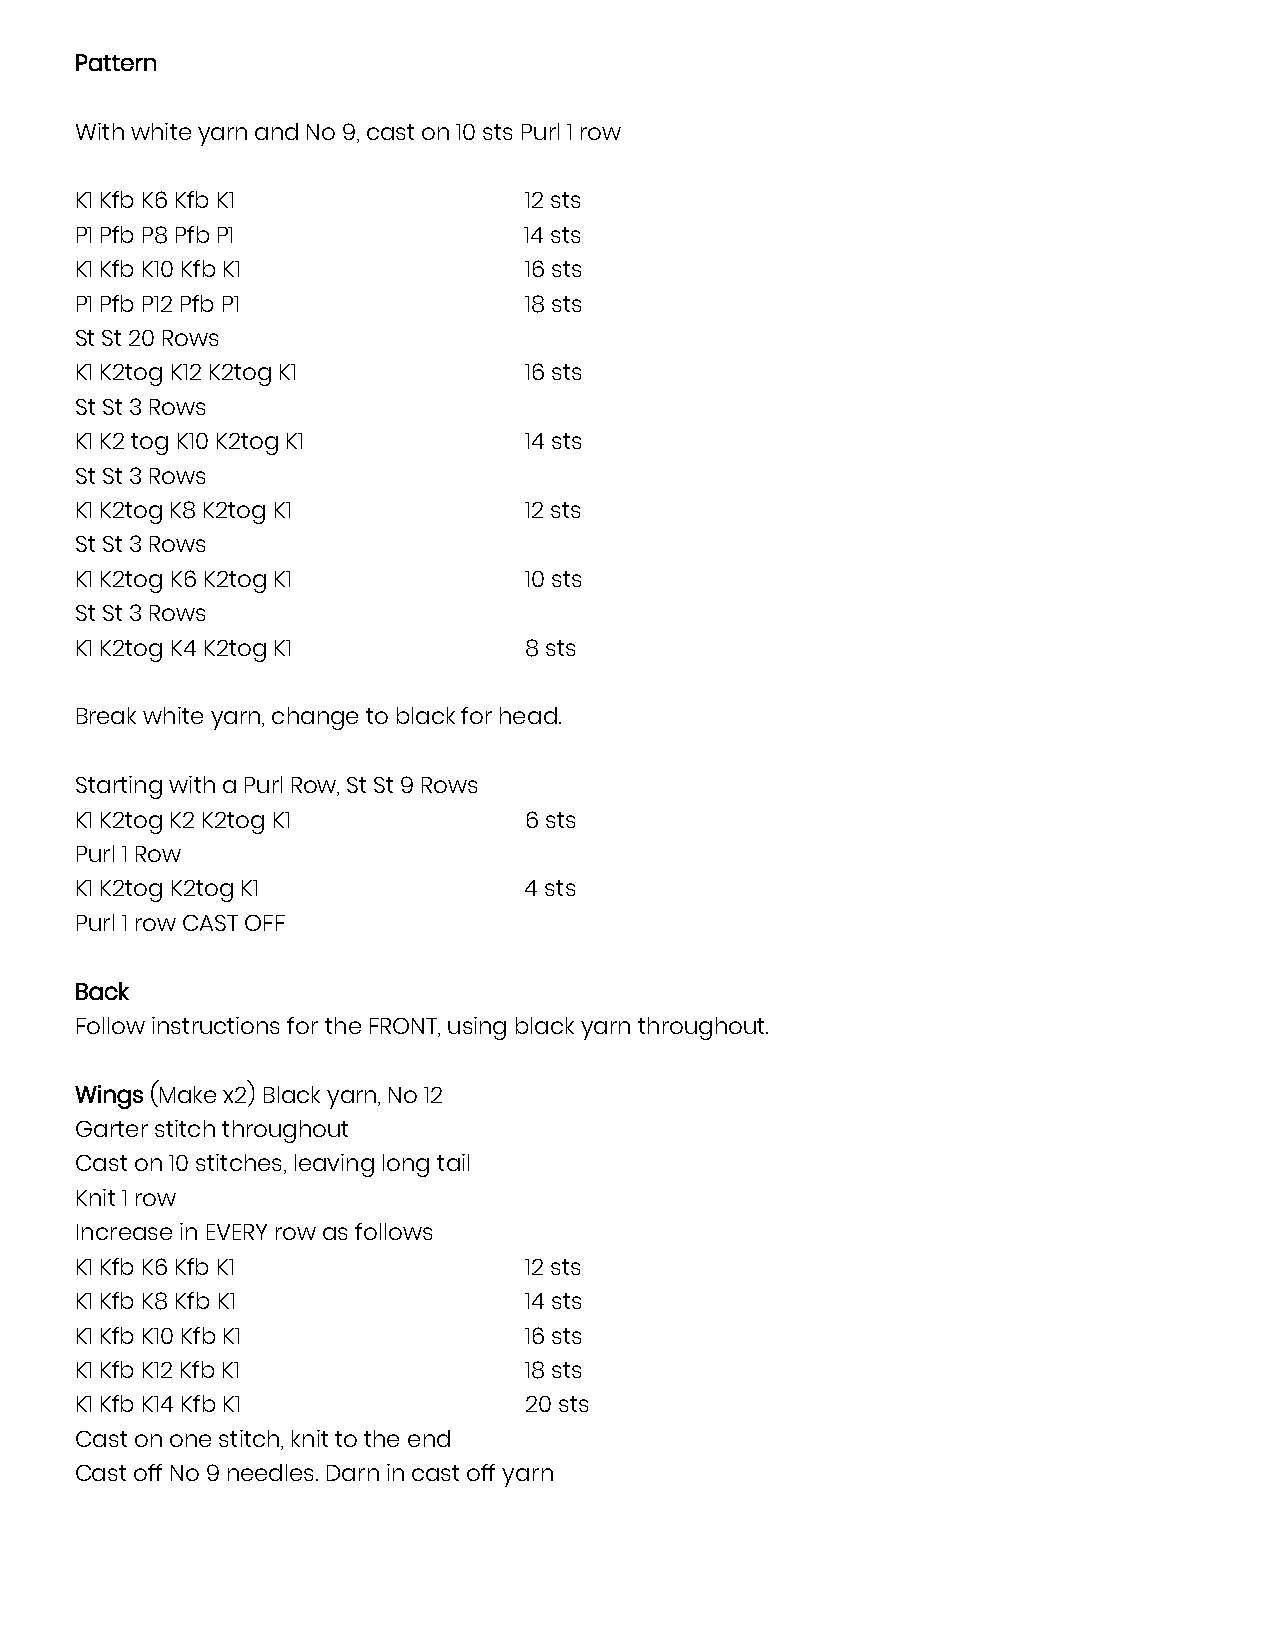
Pattern
 With white yarn and No 9, cast on 10 sts Purl 1 row
 K1 Kfb K6 Kfb K1              12 sts
 P1 Pfb P8 Pfb P1              14 sts
 K1 Kfb K10 Kfb K1             16 sts
 P1 Pfb P12 Pfb P1             18 sts
 St St 20 Rows
 K1 K2tog K12 K2tog K1         16 sts
 St St 3 Rows
 K1 K2 tog K10 K2tog K1        14 sts
 St St 3 Rows
 K1 K2tog K8 K2tog K1          12 sts
 St St 3 Rows
 K1 K2tog K6 K2tog K1          10 sts
 St St 3 Rows
 K1 K2tog K4 K2tog K1          8 sts
 Break white yarn, change to black for head.
 Starting with a Purl Row, St St 9 Rows
 K1 K2tog K2 K2tog K1          6 sts
 Purl 1 Row
 K1 K2tog K2tog K1             4 sts
 Purl 1 row CAST OFF
 Back
 Follow instructions for the FRONT, using black yarn throughout.
 Wings (Make x2) Black yarn, No 12
 Garter stitch throughout
 Cast on 10 stitches, leaving long tail
 Knit 1 row
 Increase in EVERY row as follows
 K1 Kfb K6 Kfb K1              12 sts
 K1 Kfb K8 Kfb K1              14 sts
 K1 Kfb K10 Kfb K1             16 sts
 K1 Kfb K12 Kfb K1             18 sts
 K1 Kfb K14 Kfb K1             20 sts
 Cast on one stitch, knit to the end
 Cast off No 9 needles. Darn in cast off yarn